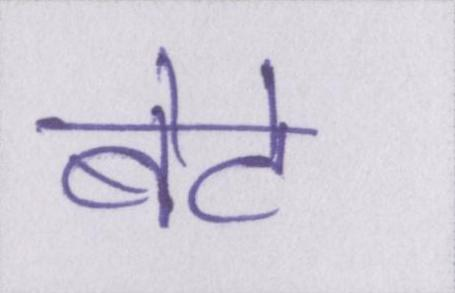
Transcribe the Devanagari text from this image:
बेटे